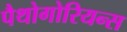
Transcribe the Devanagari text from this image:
पैथोगोरियन्स